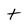
Character: t